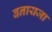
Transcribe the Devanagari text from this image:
बनायजा